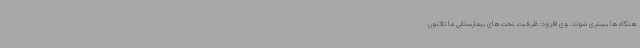
هتگاه‌ها بستری شوند. وی افزود: ظرفیت تخت‌های بیمارستانی ما تاکنون